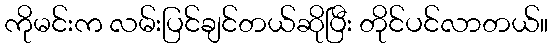
ကိုမင်းက လမ်းပြင်ချင်တယ်ဆိုပြီး တိုင်ပင်လာတယ်။